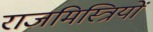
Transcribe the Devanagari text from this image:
राजमिस्त्रियों